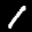
Label: 1